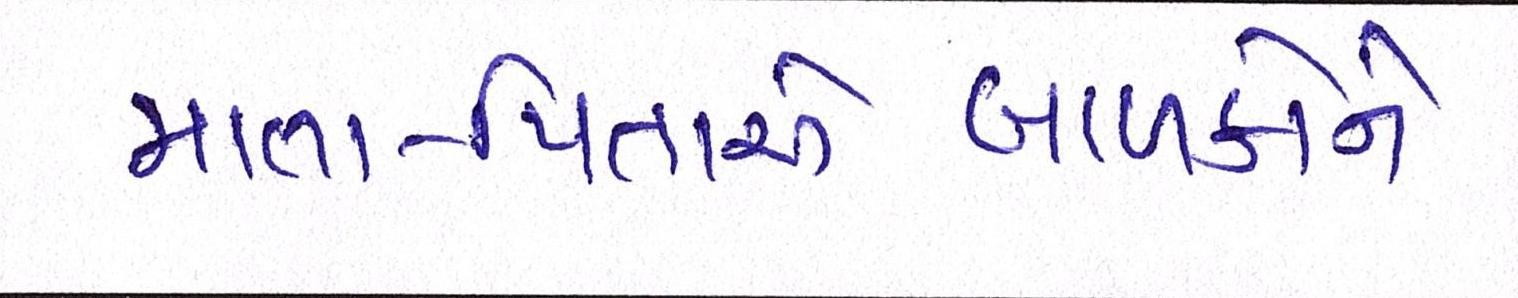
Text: માતા-પિતાએબાળકોને